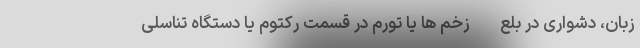
زبان، دشواری در بلع - زخم ها یا تورم در قسمت رکتوم یا دستگاه تناسلی